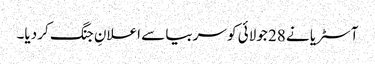
آسٹریا نے 28 جولائی کو سربیا سے اعلانِ جنگ کر دیا۔